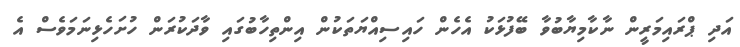
އަދި ޕްރައިމަރީން ނާކާމިޔާބުވާ ބޭފުޅަކު އެެހެން ހައިސިއްޔަތަކުން އިންތިހާބުގައި ވާދަކުރަން ހުށަހެޅިނަމަވެސް އެ